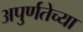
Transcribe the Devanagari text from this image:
अपुर्णतेच्या